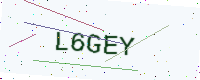
Text: L6GEY